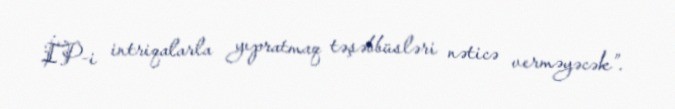
İP-i intriqalarla yıpratmaq təşəbbüsləri nəticə verməyəcək”.